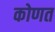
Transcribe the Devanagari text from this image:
कोणत